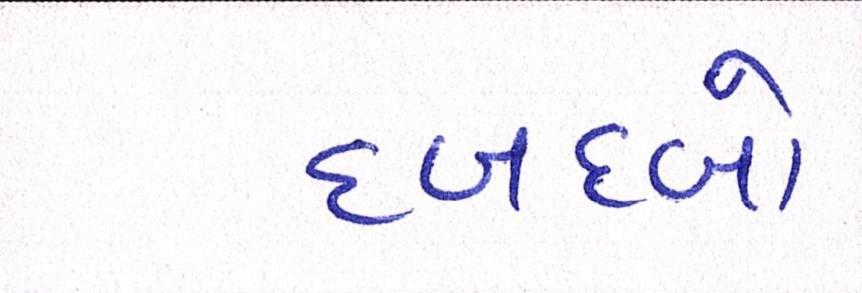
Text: દબદબો